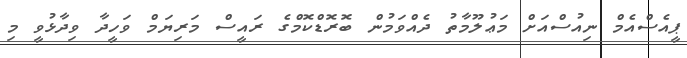
ޕީއެސްއެމް ނިއުސްއަށް މަޢުލޫމާތު ދެއްވަމުން ބޮރޮޑްކޮމްގެ ރައީސް މަރިޔަމް ވަހީދާ ވިދާޅުވީ މި